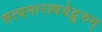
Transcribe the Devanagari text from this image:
सत्यमाराधयेद्गुरुम्